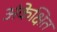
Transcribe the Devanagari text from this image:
अंकेक्षित